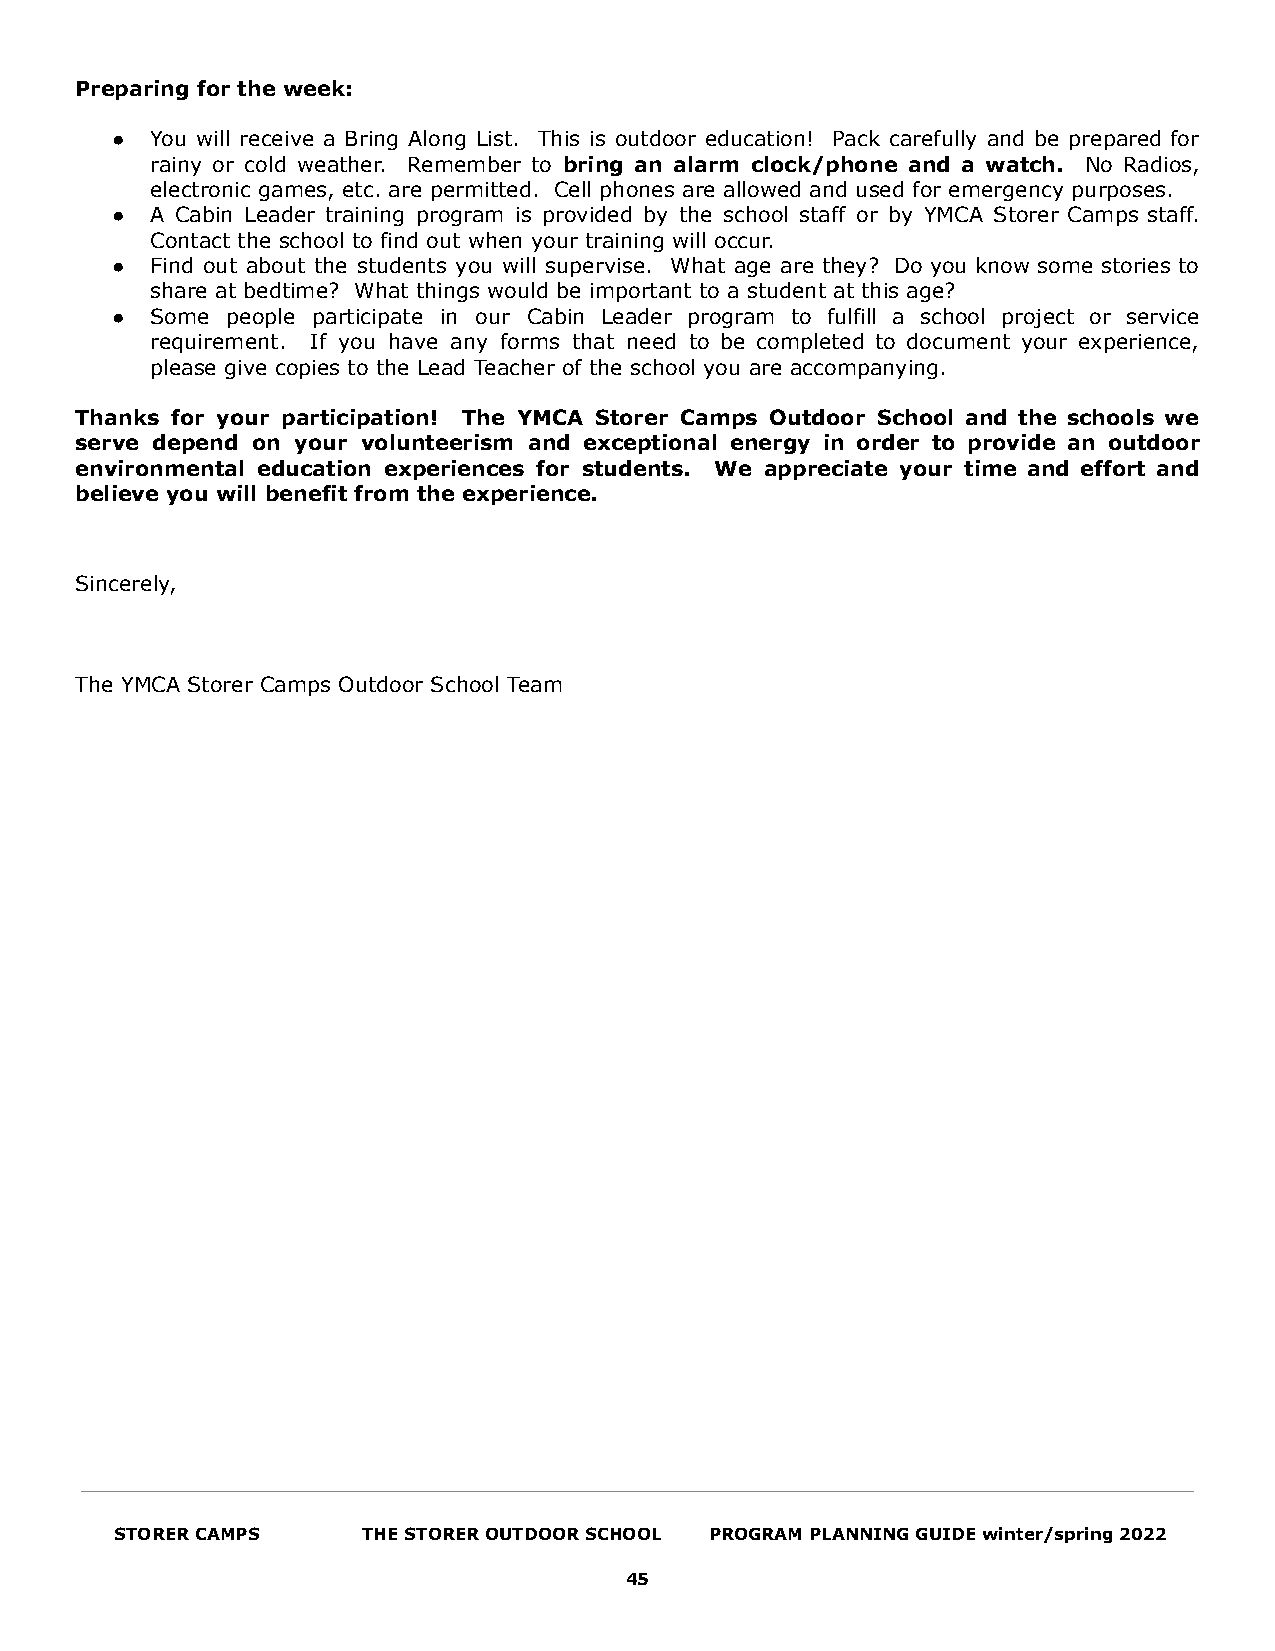
Preparing for the week:
 ●  You will receive a Bring Along List. This is outdoor education! Pack carefully and be prepared for
 rainy or cold weather. Remember to bring an alarm clock/phone and a watch. No Radios,
 electronic games, etc. are permitted. Cell phones are allowed and used for emergency purposes.
 ●  A Cabin Leader training program is provided by the school staff or by YMCA Storer Camps staff.
 Contact the school to find out when your training will occur.
 ●  Find out about the students you will supervise. What age are they? Do you know some stories to
 share at bedtime? What things would be important to a student at this age?
 ●  Some people participate in our Cabin Leader program to fulfill a school project or service
 requirement. If you have any forms that need to be completed to document your experience,
 please give copies to the Lead Teacher of the school you are accompanying.
 Thanks for your participation! The YMCA Storer Camps Outdoor School and the schools we
 serve depend on your volunteerism and exceptional energy in order to provide an outdoor
 environmental education experiences for students. We appreciate your time and effort and
 believe you will benefit from the experience.
 Sincerely,
 The YMCA Storer Camps Outdoor School Team
 STORER CAMPS    THE STORER OUTDOOR SCHOOL PROGRAM PLANNING GUIDE winter/spring 2022
 45